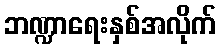
ဘဏ္ဍာရေးနှစ်အလိုက်